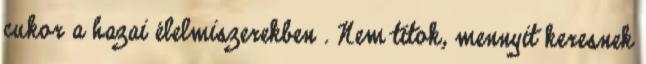
cukor a hazai élelmiszerekben . Nem titok, mennyit keresnek